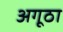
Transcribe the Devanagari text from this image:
अगूठा